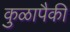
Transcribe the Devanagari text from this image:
कुळापैकी